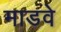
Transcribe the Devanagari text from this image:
माडवे